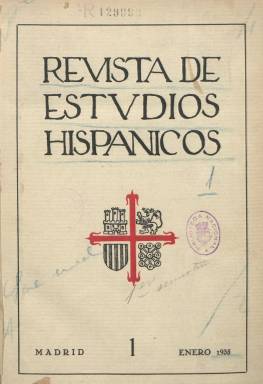
Título: Revista de estvdios hispánicos
Otros títulos: Revista de estudios hispánicos
Colección: Cultura || Revistas de información general
Ámbito geográfico: Madrid
Lugar de publicación: Madrid
Fechas: 01/01/1935-29/02/1936

Se publicó como portavoz de la Sociedad de Estudios Hispánicos que un grupo de catedráticos, estudiosos y escritores constituyó con el intento de formar un movimiento cultural cobijado bajo el patriarcado de Marcelino Menéndez y Pelayo (1856-1912), abanderando el concepto de “alma española” que éste polígrafo tenía, que era el de la tradición católica, según se expresa en su artículo de presentación. Publica su primer número en enero de 1935, y señala en dicha presentación que “en esta hora no hay trabajo sin lucha”, añadiendo que “nuestro enemigo es la Revolución, cuyo pensamiento es siempre antagónico a España”. Su director será el marqués de Lozoya, Juan de Contreras (1893-1978), siendo su secretario Miguel Herrero-García (1895-1961), y entre sus colaboradores contó con  “numerosas personalidades que hoy ocupan destacadísimos puestos en el país”, señalará José Simón Díaz cuando publique, en 1947, los índices de esta publicación.

La revista es financiada por la CEDA, en cuyo local central en Madrid estaban instaladas sus oficinas. Sus entregas fueron mensuales, en torno a las 128 páginas, con foliación continuada hasta formar tomos semestrales, y entre las firmas de sus artículos y textos aparecen, además de las del marqués de Lozoya y Herrero-García (que lleva a cabo crítica bibliográfica y de revistas), las de Roberto Levillier, Eugenio D’Ors (autor de Epos de los destinos), Huberto Pérez de la Ossa (hace crítica teatral), Felipe de Peñalosa y Francisco de Cáceres (sobre arte), José Cádiz (música), Manuel Ballesteros Gaibrois (sobre hispanoamericanismo), Severino Aznar, Vicente de Pereda, Luis de Torres-Quevedo, Jesús Pabón, Joaquín de Entrambasaguas, José Ibáñez Martín, Ángel González Palencia, Eduardo Torroja, Julio Palacios, José Bueno Monreal, Luciano de la Calzada, Blanca de los Ríos, Luis Escobar o los religiosos Julián Zarco Cuevas, Félix García y Justo Pérez de Urbel, entre otros. Como colaboradores extranjeros, publican los hispanistas alemanes Ludwig Pfandl, Adalbert Hämel y Edmund Scharamm; el francés Sèbastien J. Bijón, el portugués Gustavo de Freitas o el inglés Alexandre A. Parker, entre otros.

Inserta artículos doctrinales y políticos, con temas recurrentes como el religioso, el nacionalismo vasco o lo que denominan “apostasía” de los intelectuales, así como estudios científicos, filosóficos y sociológicos y algunos literarios. Cuenta con secciones fijas bajos los epígrafes: Los trabajos y los días, que contiene las subsecciones Tribunas, Teatro, Libros, Arte y Conciertos; Biblioteca nova, en la que D’Ors incluye su estudio sobre Goya, y Diccionario de autoridades, en la que Herrero-García selecciona pensamientos de autores españoles y extranjeros; El jardín de las Hespérides, con notas sobre historia y actividades de las principales instituciones culturales regionales; De orbe hispánico; con comentarios y noticias sobre libros y asuntos americanos firmados por Ballesteros; o Atalaya del Welgeist, con comunicaciones o crónicas de corresponsales extranjeros. En Tribunas da cuenta de extractos y textos completos de conferencias y discursos. La entrega de agosto es un extraordinario dedicado al tricentenario de la muerte de Lope de Vega, en el que inserta una serie de ilustraciones.

El 14 es el último número de la colección de esta revista en la Biblioteca Nacional de España, que corresponde a febrero de 1936.